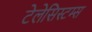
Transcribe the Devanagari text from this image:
टेलेसिस्टम्स